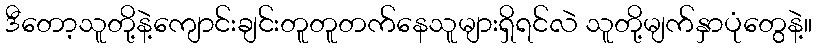
ဒီတော့သူတို့နဲ့ကျောင်းချင်းတူတူတက်နေသူများရှိရင်လဲ သူတို့မျက်နှာပုံတွေနဲ့။